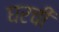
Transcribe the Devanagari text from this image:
घरचीं